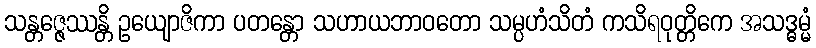
သန္တဇ္ဇေဿန္တိ ဥယျောဇိကာ ပတန္တော သဟာယဘာဝတော သမ္ပဟံသိတံ ကသိရဝုတ္တိကေ အသဒ္ဓမ္မံ